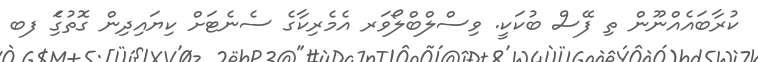
ކުރާބައެއްނޫން ތި ފޭސް ބުކަކީ. ވިސްލްބްލޯވަރ އެމެރިކާގެ ސެނެޓަށް ކިޔައިދިން ގޮތުގަެި ފބ